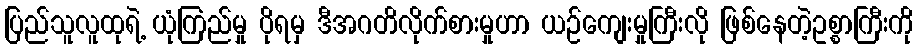
ပြည်သူလူထုရဲ့ ယုံကြည်မှု ပိုရမှ ဒီအဂတိလိုက်စားမှုဟာ ယဉ်ကျေးမှုကြီးလို ဖြစ်နေတဲ့ဥစ္စာကြီးကို